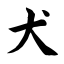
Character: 犬